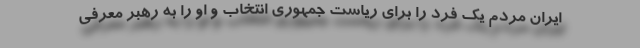
ایران مردم یک فرد را برای ریاست جمهوری انتخاب و او را به رهبر معرفی